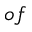
o f